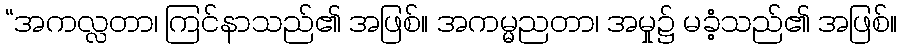
“အကလ္လတာ၊ ကြင်နာသည်၏ အဖြစ်။ အကမ္မညတာ၊ အမှု၌ မခံ့သည်၏ အဖြစ်။